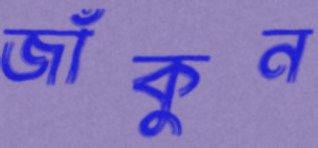
জাঁকুন